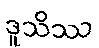
ဒူသိဿ